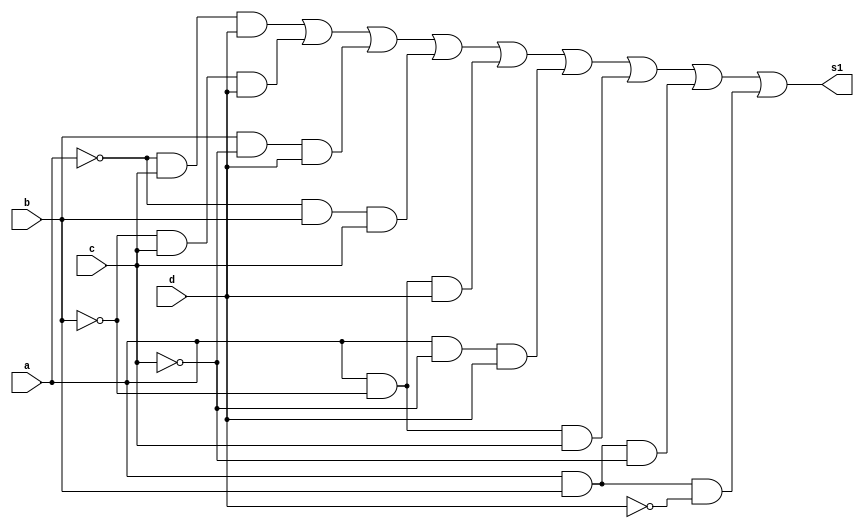
//----------------------------------------------
//-- Alvaro Henrique de Araujo Rungue - 395487
//-- Prova 01 - letra g
//----------------------------------------------


//-- Quine de s1
module s1Quine (s1,a,b,c,d);
output s1;
input a,b,c,d;
wire t1,t2,t3,t4,t5,t,t7,t8;

and AND1 (t1,~a,c,d);
and AND2 (t2,~b,c,d);
and AND3 (t3,b,~c,d);
and AND4 (t4,~a,b,c);
and AND5 (t5,a,~b,d);
and AND6 (t6,a,~c,d);
and AND7 (t7,a,~b,c);
and AND8 (t8,a,b,~c);
and AND9 (t9,a,b,~d);

or OR1 (s1,t1,t2,t3,t4,t5,t6,t7,t8,t9); 





endmodule //fim s1Quine

module testes1;

wire s1;
reg a,b,c,d;

//-- Inicio teste de s1

s1Quine Teste (s1,a,b,c,d);

 initial begin
 	   $display("\nAlvaro Henrique - 395487 \n");
      $display("\na  b   c   d  s1\n");
      $monitor("%b  %b   %b   %b  %b", a, b, c, d, s1);
  
	     a=0; b=0; c=0; d=0;  
    #1  a=0; b=0; c=0; d=1;
    #1  a=0; b=0; c=1; d=0;
    #1  a=0; b=0; c=1; d=1;
    #1  a=0; b=1; c=0; d=0;
 	 #1  a=0; b=1; c=0; d=1;
    #1  a=0; b=1; c=1; d=0;
    #1  a=0; b=1; c=1; d=1;
    #1  a=1; b=0; c=0; d=0;
    #1  a=1; b=0; c=0; d=1;
    #1  a=1; b=0; c=1; d=0;
    #1  a=1; b=0; c=1; d=1;
    #1  a=1; b=1; c=0; d=0;
    #1  a=1; b=1; c=0; d=1;
    #1  a=1; b=1; c=1; d=0;
    #1  a=1; b=1; c=1; d=1;


        
    end
    endmodule